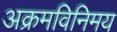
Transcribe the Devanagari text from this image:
अक्रमविनिमय